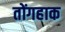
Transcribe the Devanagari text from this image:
तोंगहाक